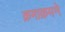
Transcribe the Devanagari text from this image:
क्रमाक्रमने